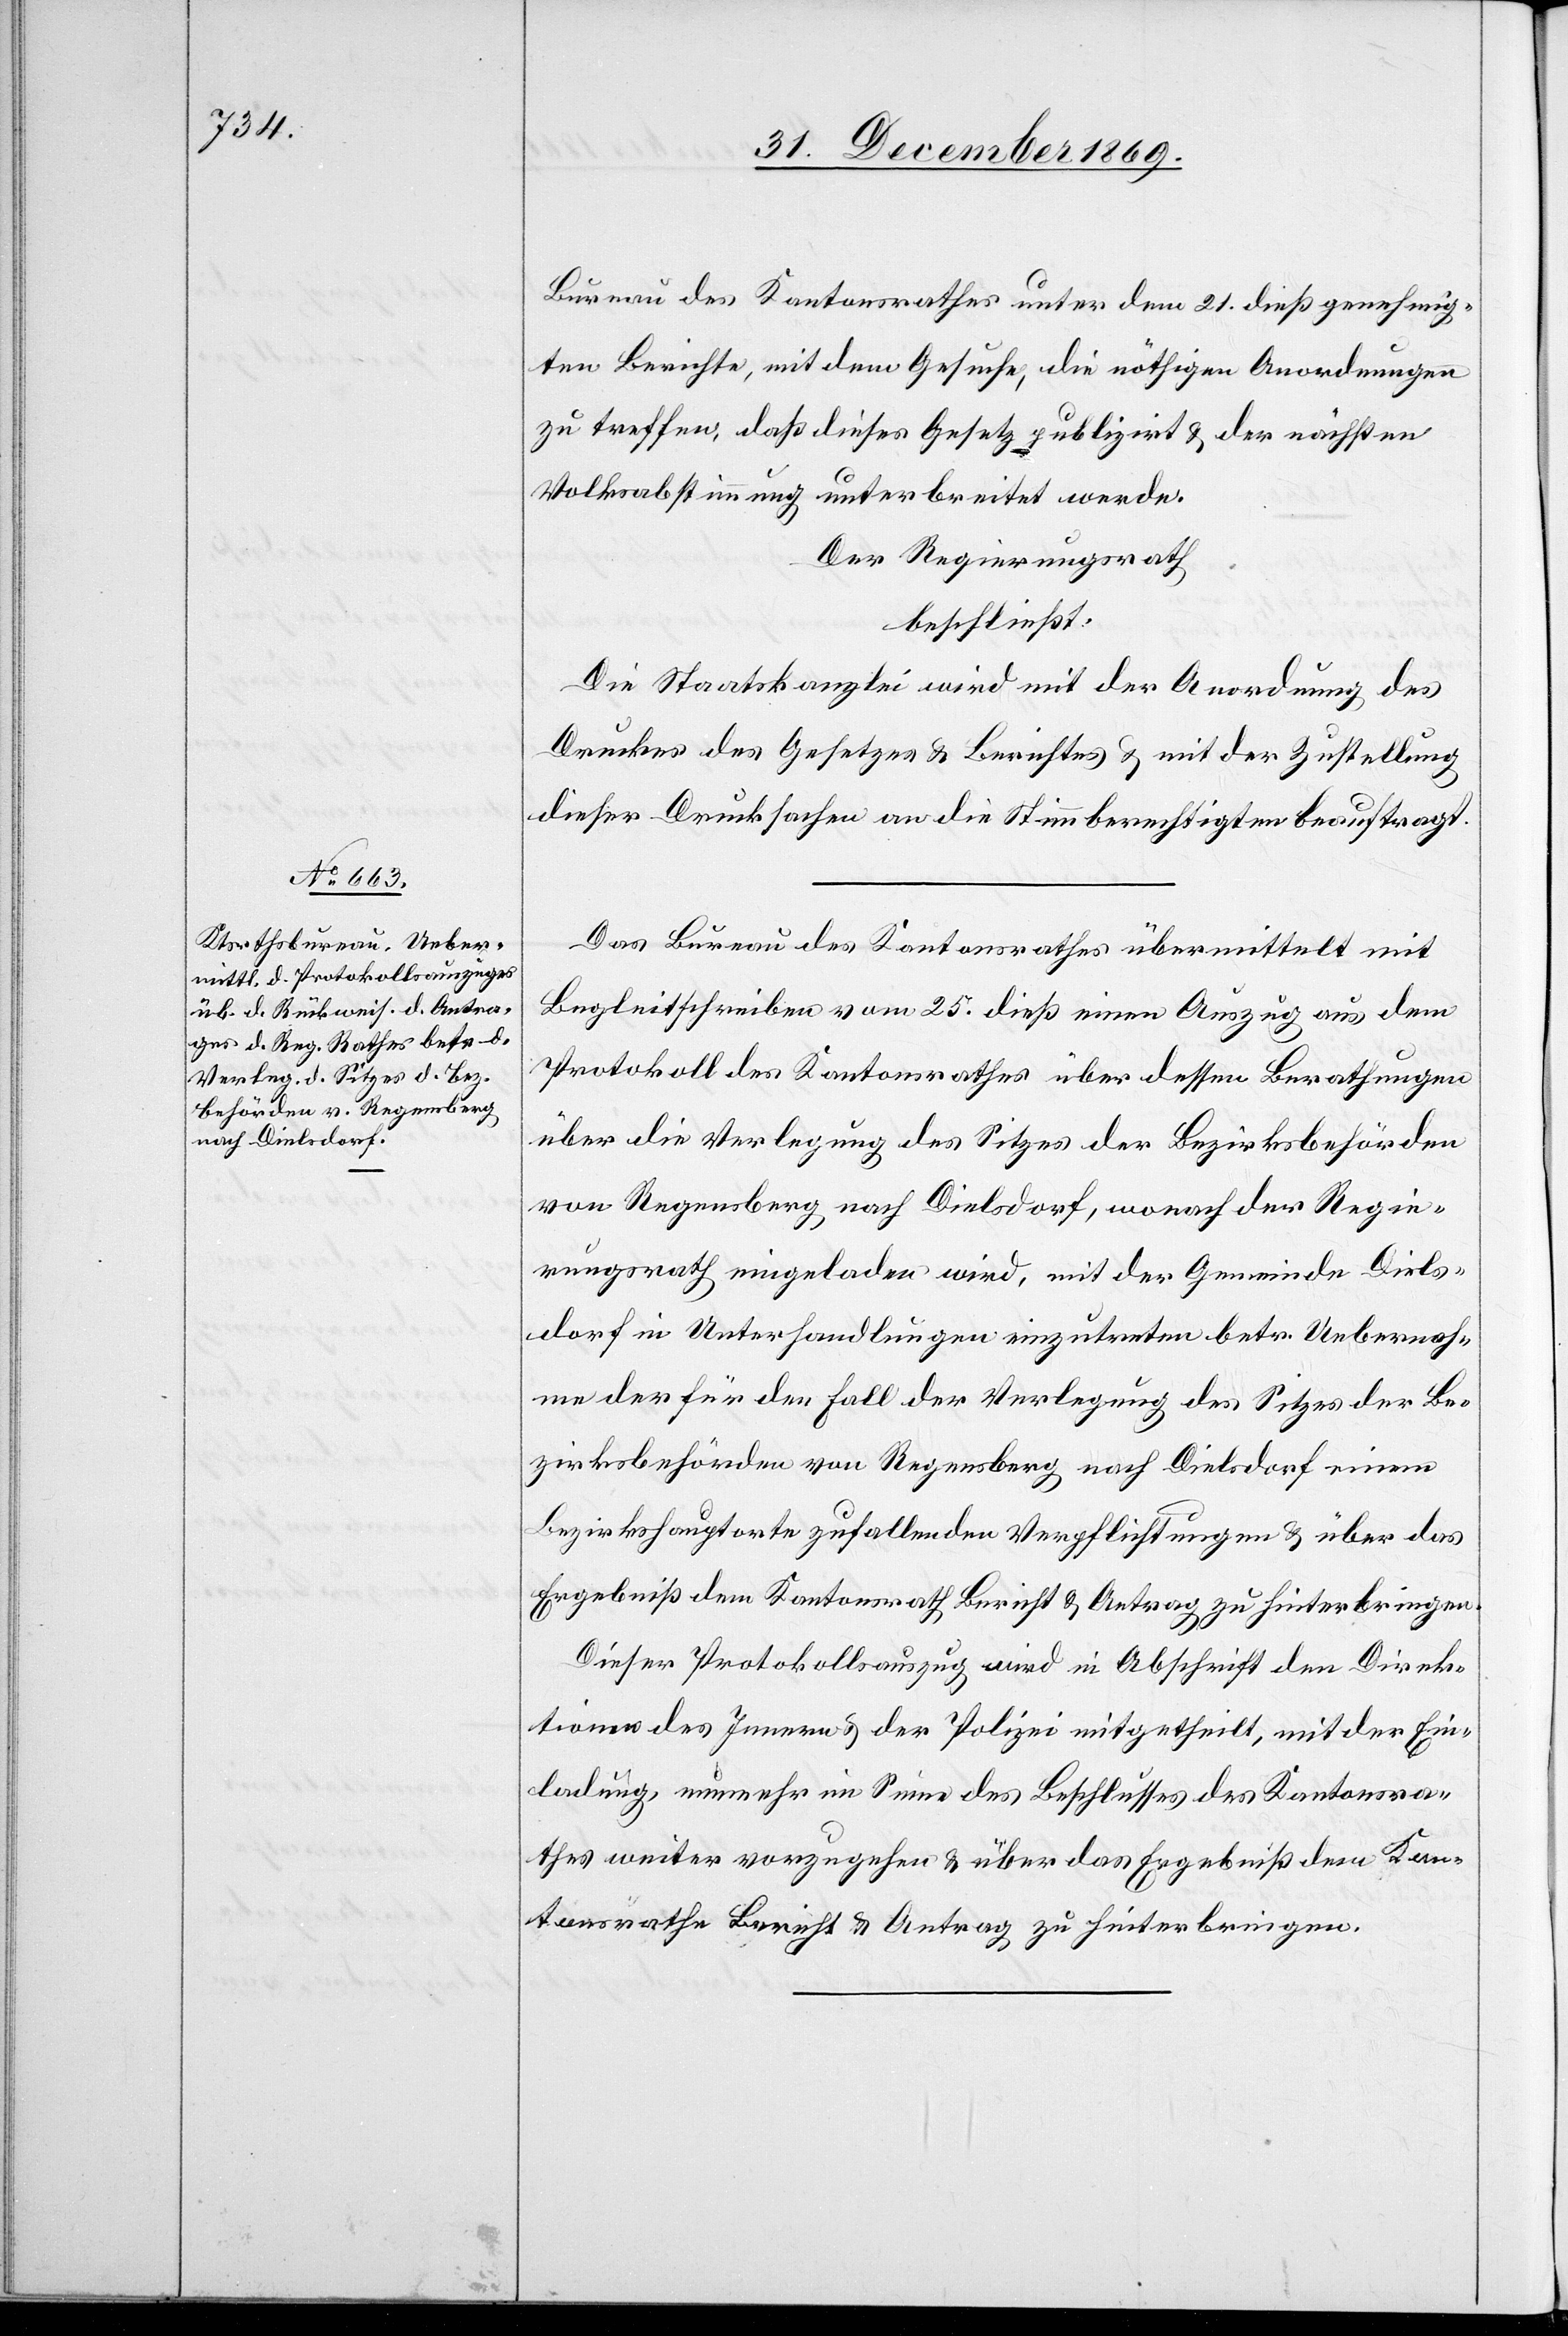
Bureau des Kantonsrathes unter dem 21. dieß genehmig¬
ten Berichte, mit dem Gesuche, die nöthigen Anordnungen
zu treffen, daß dieses Gesetz publizirt & der nächsten
Volksabstimmung unterbreitet werde.
Der Regierungsrath
beschließt:
Die Staatskanzlei wird mit der Anordnung des
Druckes des Gesetzes & Berichtes & mit der Zustellung
dieser Drucksachen an die Stimmberechtigten beauftragt.
Das Bureau des Kantonsrathes übermittelt mit
Begleitschreiben vom 25. dieß einen Auszug aus dem
Protokoll des Kantonsrathes über dessen Berathungen
über die Verlegung des Sitzes der Bezirksbehörden
von Regensberg nach Dielsdorf, wonach der Regie¬
rungsrath eingeladen wird, mit der Gemeinde Diels¬
dorf in Unterhandlungen einzutreten betr. Uebernah¬
me der für den Fall der Verlegung des Sitzes der Be¬
zirksbehörden von Regensberg nach Dielsdorf einem
Bezirkshauptorte zufallenden Verpflichtungen & über das
Ergebniß dem Kantonsrath Bericht & Antrag zu hinterbringen.
Dieser Protokollsauszug wird in Abschrift den Direk¬
tionen des Innern & der Polizei mitgetheilt, mit der Ein¬
ladung, nunmehr im Sinne des Beschlusses des Kantonsra¬
thes weiter vorzugehen & über das Ergebniß dem Kan¬
tonsrathe Bericht & Antrag zu hinterbringen.